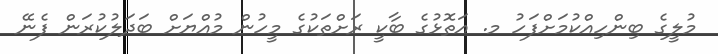
މުލީގެ ބިންހިއްކުމަށްފަހު މ. އަތޮޅުގެ ބާކީ ރަށްތަކުގެ މީހުން މުއްޔަށް ބަދަލުކުރަން ފެނޭ